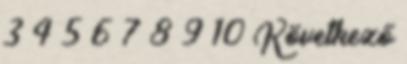
3 4 5 6 7 8 9 10 Következő